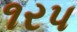
૧રપ